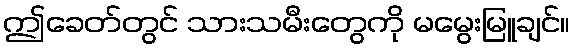
ဤခေတ်တွင် သားသမီးတွေကို မမွေးမြူချင်။